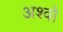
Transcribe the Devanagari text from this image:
अश्वो